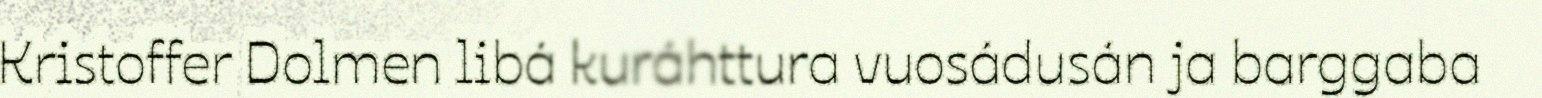
Kristoffer Dolmen libá kuráhttura vuosádusán ja barggaba